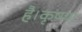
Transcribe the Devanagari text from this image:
है।कृष्णा